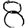
Digit: 8